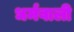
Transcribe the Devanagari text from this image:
धर्मवाली